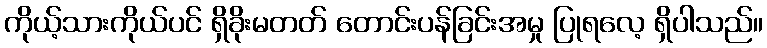
ကိုယ့်သားကိုယ်ပင် ရှိခိုးမတတ် တောင်းပန်ခြင်းအမှု ပြုရလေ့ ရှိပါသည်။